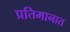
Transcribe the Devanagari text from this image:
प्रतिमानात